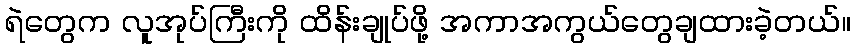
ရဲတွေက လူအုပ်ကြီးကို ထိန်းချုပ်ဖို့ အကာအကွယ်တွေချထားခဲ့တယ်။